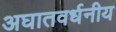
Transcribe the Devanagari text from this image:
अघातवर्धनीय